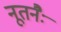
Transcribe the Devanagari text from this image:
नूतनैः